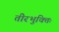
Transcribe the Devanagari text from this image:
तीरभुक्‍तिः